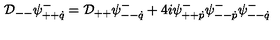
{ \cal D } _ { -- } \psi _ { + + \dot { q } } ^ { - } = { \cal D } _ { + + } \psi _ { -- \dot { q } } ^ { - } + 4 i \psi _ { + + \dot { p } } ^ { - } \psi _ { -- \dot { p } } ^ { - } \psi _ { -- \dot { q } } ^ { - }